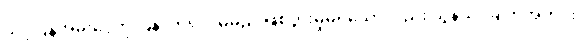
သင့်ပြန်အမ်းငွေကို ပြန်လာရလိမ့်မည် ဖြစ်ပွားမှုမရှိသော်လည်း သွန်သင်ချက်အတိုင်း